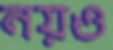
নয়ও